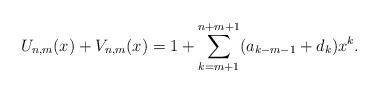
LaTeX: \begin{align*}U_{n,m}(x)+V_{n,m}(x)=1+\sum_{k=m+1}^{n+m+1} (a_{k-m-1}+d_k) x^k.\end{align*}